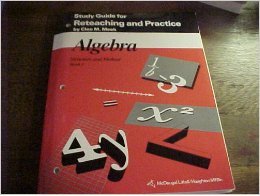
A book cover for Algebra Structure and Method, Book 1: Study Guide for Reteaching and Practice; MCDOUGAL LITTEL; Teen & Young Adult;